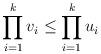
LaTeX: \begin{align*} \prod_{i=1}^k v_i \leq \prod_{i=1}^k u_i \end{align*}